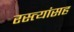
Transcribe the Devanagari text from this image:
रस्त्यांसह